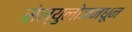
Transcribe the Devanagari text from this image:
सेल्युलोजमधून